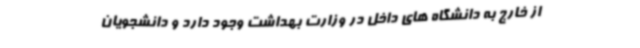
از خارج به دانشگاه های داخل در وزارت بهداشت وجود دارد و دانشجویان